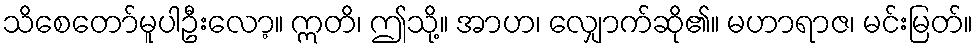
သိစေတော်မူပါဦးလော့။ ဣတိ၊ ဤသို့။ အာဟ၊ လျှောက်ဆို၏။ မဟာရာဇ၊ မင်းမြတ်။